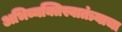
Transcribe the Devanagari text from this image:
अभिव्यक्तिस्वातंत्र्याचा